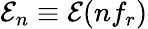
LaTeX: {\cal E}_{n}\equiv{\cal E}(nf_{r})